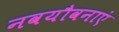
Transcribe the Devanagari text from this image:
नवयौवनाएं